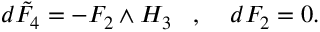
d \tilde { F } _ { 4 } = - F _ { 2 } \wedge H _ { 3 } \; \; \; , \; \; \; \; d F _ { 2 } = 0 .